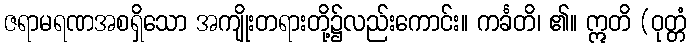
ဇရာမရဏအစရှိသော အကျိုးတရားတို့၌လည်းကောင်း။ ကင်္ခတိ၊ ၏။ ဣတိ (ဝုတ္တံ